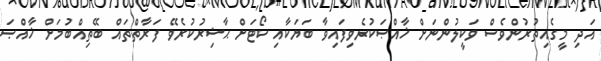
އަދި މީގެއިތުރުންވެސް ވަކީލުންނަށް ޚާއްޞަކުރެވިފައިވާ ބަޔަކާއި ކޯޓަށް ޙާޟިރުކުރެވޭ ފަރާތްތައް ބޭތިއްބުމަށް ޚާއްޞަ